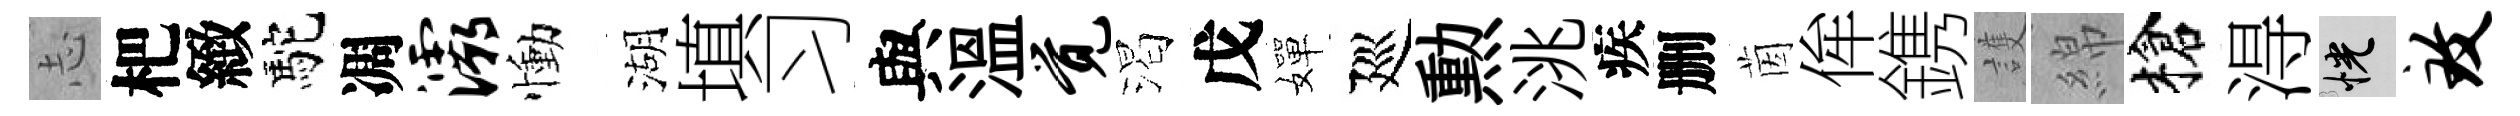
𢖽杷緻駝凋灞慟湖填习與溫觉渴戊嬋廵勲洮疾删茵侔鎸護綿槍淂恍致